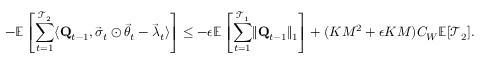
- \mathbb E \left[ \sum _ { t = 1 } ^ { \mathcal T _ { 2 } } \langle \mathbf Q _ { t - 1 } , \vec { \sigma } _ { t } \odot \vec { \theta } _ { t } - \vec { \lambda } _ { t } \rangle \right] \le - \epsilon \mathbb E \left[ \sum _ { t = 1 } ^ { \mathcal T _ { 1 } } \lVert \mathbf Q _ { t - 1 } \rVert _ { 1 } \right] + ( K M ^ { 2 } + \epsilon K M ) C _ { W } \mathbb E [ \mathcal T _ { 2 } ] .